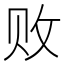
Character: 败